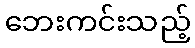
ဘေးကင်းသည့်